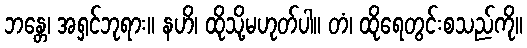
ဘန္တေ၊ အရှင်ဘုရား။ နဟိ၊ ထိုသို့မဟုတ်ပါ။ တံ၊ ထိုရေတွင်းစသည်ကို။